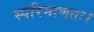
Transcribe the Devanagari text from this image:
स्परिमाणतः।